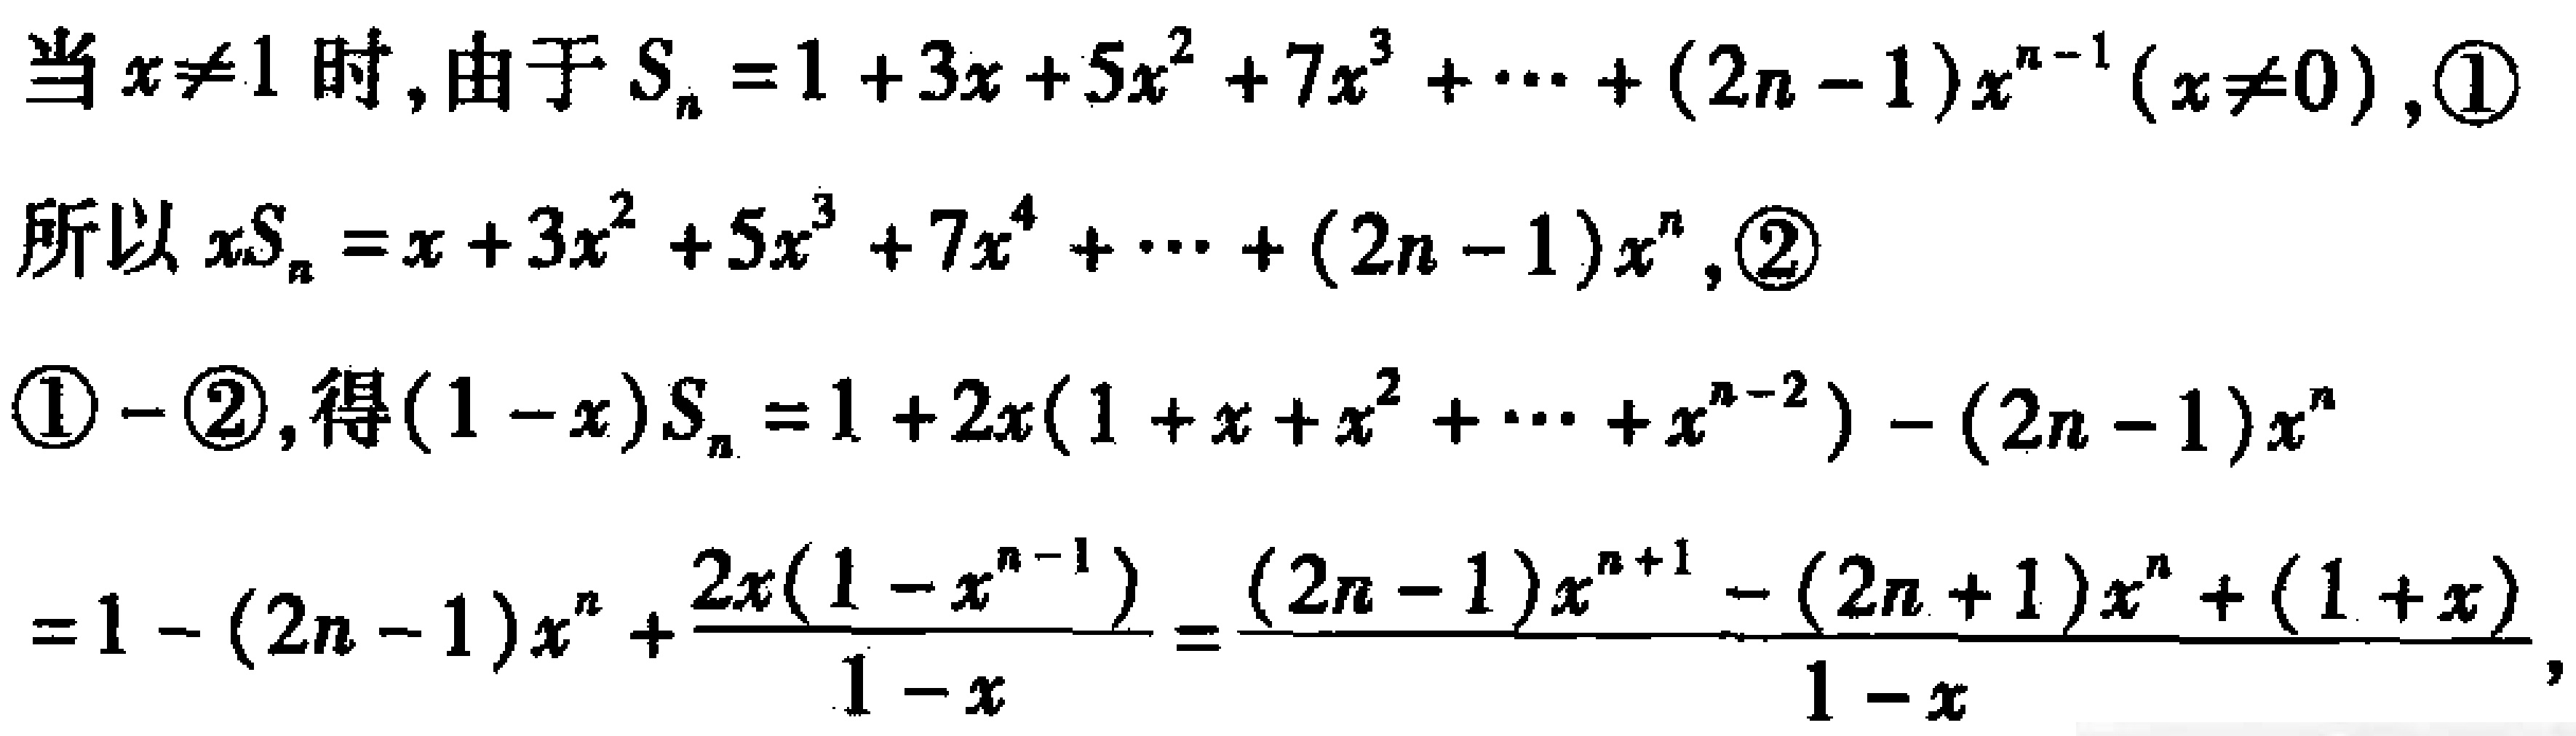
当\(x\neq1\)时, 由于\(S_{n}=1 + 3x + 5x^{2}+7x^{3}+\cdots+(2n - 1)x^{n - 1}(x\neq0)\), \textcircled{1}

所以\(xS_{n}=x + 3x^{2}+5x^{3}+7x^{4}+\cdots+(2n - 1)x^{n}\), \textcircled{2}

\textcircled{1} - \textcircled{2}, 得\((1 - x)S_{n}=1 + 2x(1 + x + x^{2}+\cdots+x^{n - 2})-(2n - 1)x^{n}\)

\(=1-(2n - 1)x^{n}+\frac{2x(1 - x^{n - 1})}{1 - x}=\frac{(2n - 1)x^{n + 1}-(2n + 1)x^{n}+(1 + x)}{1 - x}\),